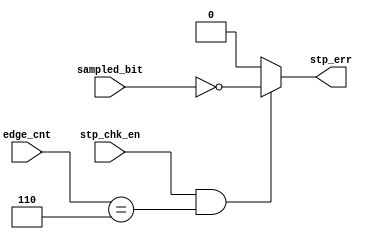
module RX_stop_chk (
    input            stp_chk_en,
    input            sampled_bit,
    input      [2:0] edge_cnt,
    output reg       stp_err
);

always @(*) begin
	if (stp_chk_en && (edge_cnt==6))
		stp_err = ~sampled_bit;
    else
    	stp_err = 1'b0;
end

endmodule